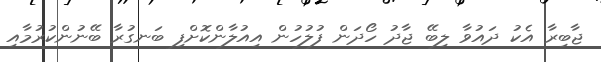
ޖާބިރާ އެކު ދައުވާ ލިބޭ ޖާދު ހޯދަން ފުލުހުން އިއުލާންކޮށްފި ބަނގުރާ ބޭނުންކުރުމާއި